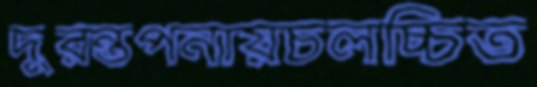
দুরন্তপনায়চলচ্চিত